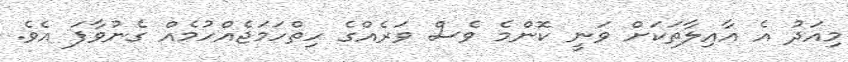
މިއަދު އެ އާއިލާތަކަށް ވަނީ ކޮންމެ ވެސް ވަރެއްގެ ހިތްހަމަޖެއްހުމެއް ގެނުވާފަ އެވެ.